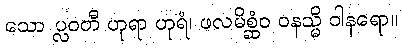
သော ပ္လဝတီ ဟုရာ ဟုရံ၊ ဖလမိစ္ဆံဝ ဝနသ္မိ ဝါနရော။